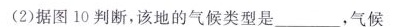
(2)据图10判断，该地的气候类型是___，气候